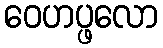
ဝေဟပ္ဖလော